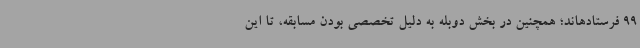
99 فرستادهاند؛ همچنین در بخش دوبله به دلیل تخصصی بودن مسابقه، تا این